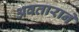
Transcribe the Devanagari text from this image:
अवताराने